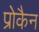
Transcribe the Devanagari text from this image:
प्रोकैन